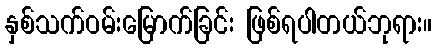
နှစ်သက်ဝမ်းမြောက်ခြင်း ဖြစ်ရပါတယ်ဘုရား။